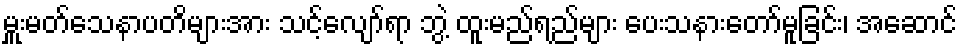
မှူးမတ်သေနာပတိများအား သင့်လျော်ရာ ဘွဲ့ ထူးမည်ရည်များ ပေးသနားတော်မူခြင်း၊ အဆောင်